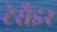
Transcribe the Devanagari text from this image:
टेरौइर